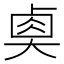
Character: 𡙉